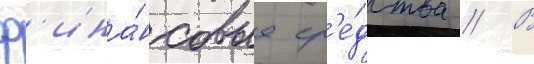
ф'ина́нсовые ср'е́дства // В